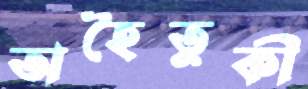
অহৈতুকী